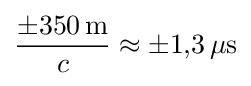
{\frac {\pm 350\,\mathrm {m} }{c}}\approx \pm 1{,}3\,\mathrm {\mu s}